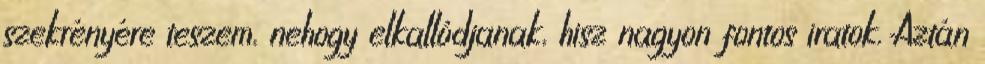
szekrényére teszem, nehogy elkallódjanak, hisz nagyon fontos iratok. Aztán